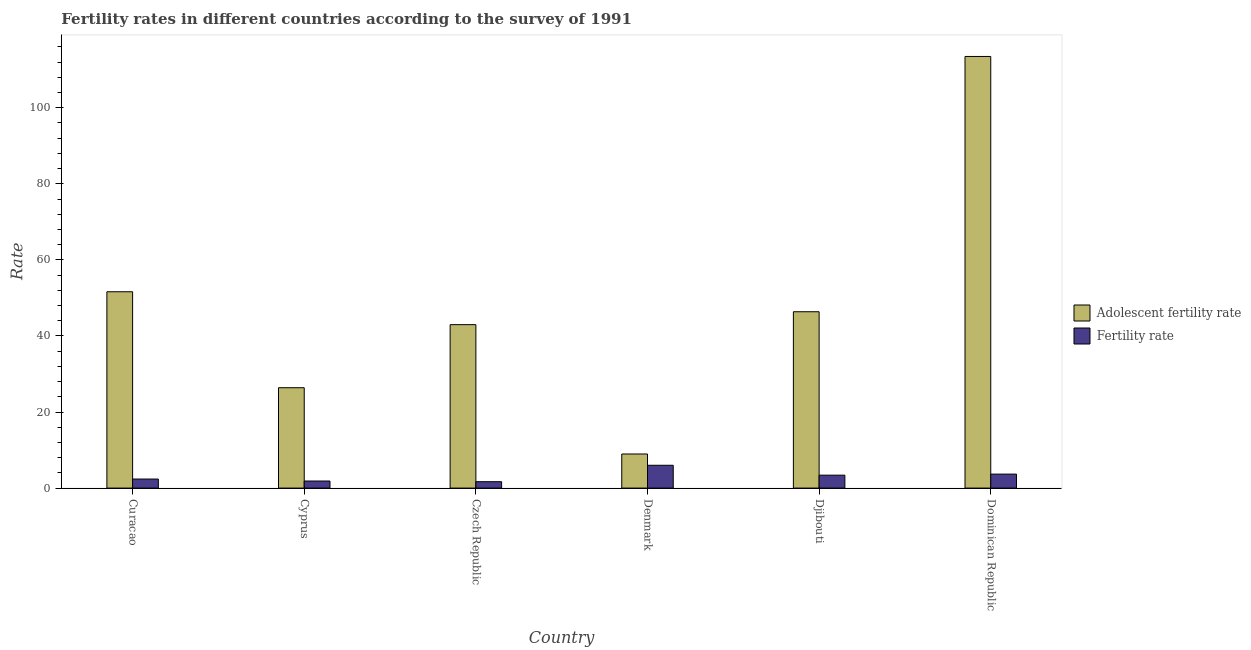
| Country | Adolescent fertility rate | Fertility rate |
 | --- | --- | --- |
 | Curacao | 51.6 | 2.38 |
 | Cyprus | 26.4 | 1.86 |
 | Czech Republic | 43 | 1.68 |
 | Denmark | 8.96 | 6 |
 | Djibouti | 46.4 | 3.4 |
 | Dominican Republic | 113 | 3.68 |